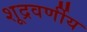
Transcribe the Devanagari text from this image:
शूद्रवर्णीय